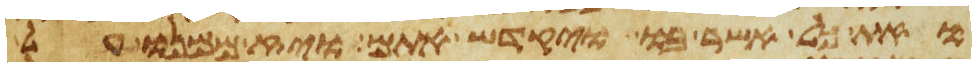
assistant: ואת כל אשר בו ויקדש אתם ויז ממנו על